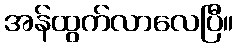
အန်ထွက်လာလေပြီ။